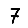
Digit: 7